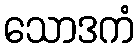
သောဒကံ